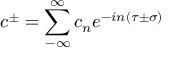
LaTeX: c ^ { \pm } = \sum _ { - \infty } ^ { \infty } c _ { n } e ^ { - i n \left( \tau \pm \sigma \right) }